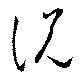
説